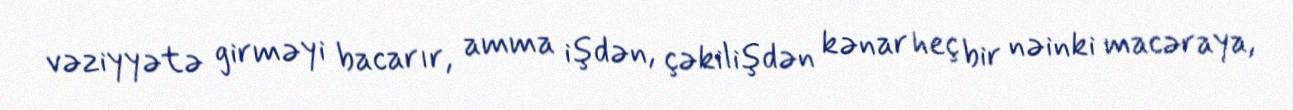
vəziyyətə girməyi bacarır, amma işdən, çəkilişdən kənar heç bir nəinki macəraya,